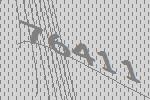
76411